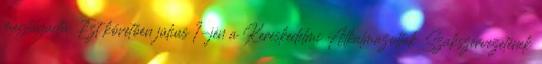
megtagadta. Ezt követően július 1-jén a Kereskedelmi Alkalmazottak Szakszervezetének